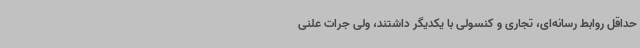
حداقل روابط رسانه‌ای، تجاری و کنسولی با یکدیگر داشتند، ولی جرات علنی